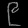
Digit: ၉